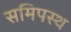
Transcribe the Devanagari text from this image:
समिपस्थ